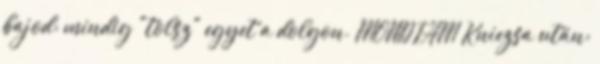
bajod: mindig "tolsz" egyet a dolgon. MONDTAM Kniezsa után: